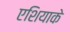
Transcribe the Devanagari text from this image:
एशियाके